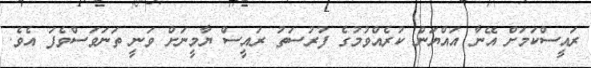
ރައީސްކަމަށް އޭނާ އައްޔަން ކުރެއްވުމުގެ ފުރުސަތު ރައީސް ޔާމީނަށް ވަނީ ތަނަވަސްވެފަ އެވެ.